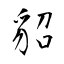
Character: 貂